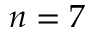
n = 7